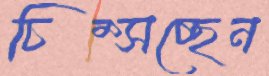
চিম্‌সচ্ছেন